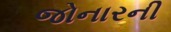
જોનારની